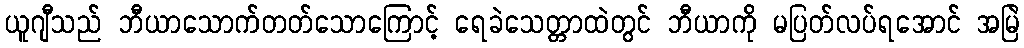
ယူဂျီသည် ဘီယာသောက်တတ်သောကြောင့် ရေခဲသေတ္တာထဲတွင် ဘီယာကို မပြတ်လပ်ရအောင် အမြဲ